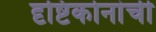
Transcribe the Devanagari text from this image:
दृष्टिकोनांची